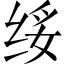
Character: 绥